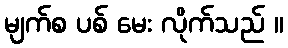
မျက်စ ပစ် မေး လိုက်သည် ။